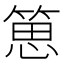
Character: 𥯨